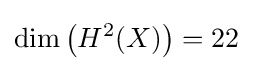
\operatorname {dim} \left(H^{2}(X)\right)=22